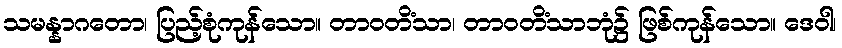
သမန္နာဂတော၊ ပြည့်စုံကုန်သော။ တာဝတိံသာ၊ တာဝတိံသာဘုံ၌ ဖြစ်ကုန်သော။ ဒေဝါ၊